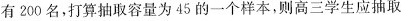
有200名，打算抽取容量为45的一个样本，则高三学生应抽取